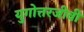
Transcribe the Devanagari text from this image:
युगोत्तरजीवी